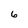
Character: 6